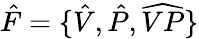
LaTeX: \hat{F}=\{ \hat{V},\hat{P},\widehat{VP}\}